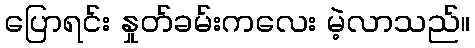
ပြောရင်း နှုတ်ခမ်းကလေး မဲ့လာသည်။